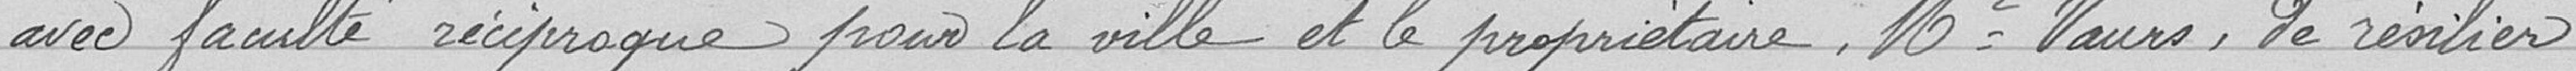
avec faculté réciproque pour la ville et le propriétaire, Monsieur VAURS, de résilier